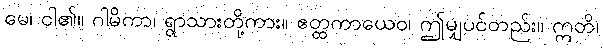
မေ၊ ငါ၏။ ဂါမိကာ၊ ရွာသားတို့ကား။ ဧတ္ထကာယေဝ၊ ဤမျှပင်တည်း။ ဣတိ၊